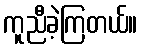
ကူညီခဲ့ကြတယ်။